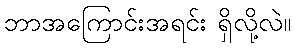
ဘာအကြောင်းအရင်း ရှိလို့လဲ။